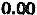
0.00